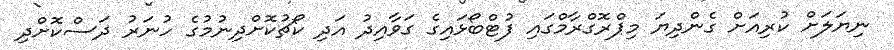
ނިޔަލަށް ކުރިއަށް ގެންދިޔަ މިޕްރޮގްރާމްގައި ފުޓްބޯޅައިގެ ގަވާއިދު އަދި ކޯޗުކޮށްދިނުމުގެ ހުނަރު ދަސްކޮށްދި